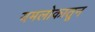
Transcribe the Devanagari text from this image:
यमलोकातून